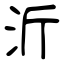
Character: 沂